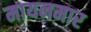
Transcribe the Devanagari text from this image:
मायनमार